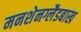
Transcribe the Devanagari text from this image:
मनशेनग्लैडबाख